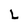
Character: L